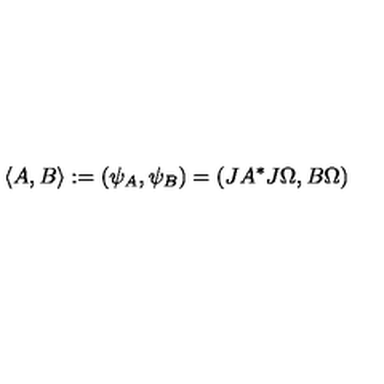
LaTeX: \langle A , B \rangle : = ( \psi _ { A } , \psi _ { B } ) = ( J A ^ { * } J \Omega , B \Omega )